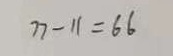
7 7 - 1 1 = 6 6